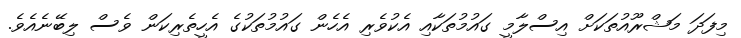
މިފަދަ މަޝްރޫއުތަކަށް އިސްލާމީ ގައުމުތަކާއި އެކުވެރި އެހެން ގައުމުތަކުގެ އެހީތެރިކަން ވެސް ލިބޭނެއެވެ.